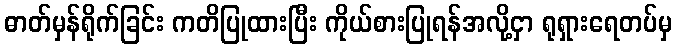
ဓာတ်မှန်ရိုက်ခြင်း ကတိပြုထားပြီး ကိုယ်စားပြုရန်အလို့ငှာ ရုရှားရေတပ်မှ